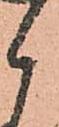
候